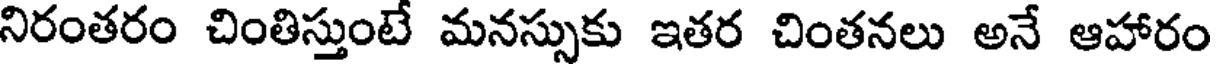
నిరంతరం చింతిస్తుంటే మనస్సుకు ఇతర చింతనలు అనే ఆహారం